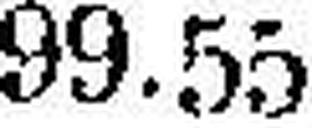
99.55